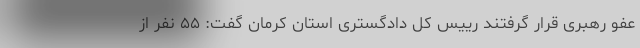
عفو رهبری قرار گرفتند رییس کل دادگستری استان کرمان گفت: ۵۵ نفر از